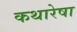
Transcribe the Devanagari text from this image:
कथारेषा